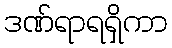
ဒဏ်ရာရရှိကာ